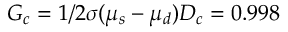
G _ { c } = 1 / 2 \sigma ( \mu _ { s } - \mu _ { d } ) D _ { c } = 0 . 9 9 8